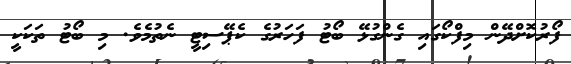
ފޯރުކޮށްދޭން މިފްކޯގައި ގެންގުޅޭ ބޯޓު ފަަހަރުގެ ކެޕޭސިޓީ ނެތުމެވެ. މި ބޯޓު ތަކަކީ